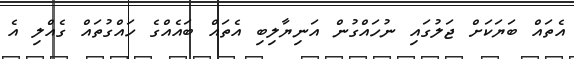
އެތައް ބަޔަކަށް ޖަލުގައި ނުހައްގުން އަނިޔާލިބި އެތައް ބައެއްގެ ހައްގުތައް ގެއްލި އެ